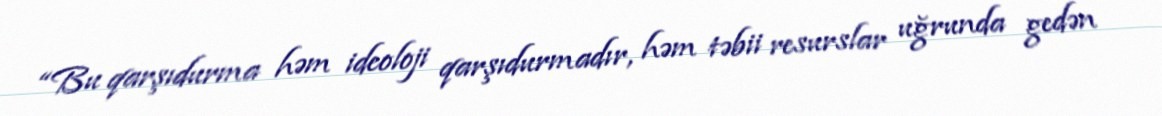
“Bu qarşıdurma həm ideoloji qarşıdurmadır, həm təbii resurslar uğrunda gedən